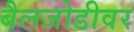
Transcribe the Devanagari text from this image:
बैलजोडीवर